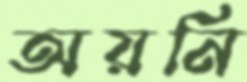
অয়নি